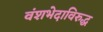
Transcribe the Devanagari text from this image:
वंशभेदाविरुद्ध